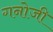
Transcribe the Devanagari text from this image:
गनोजी